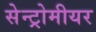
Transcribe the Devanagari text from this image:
सेन्ट्रोमीयर